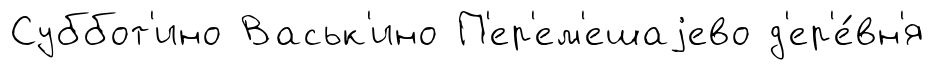
Суббот'ино Васьк'ино П'ер'ем'ешаjево д'ер'е́вн'я